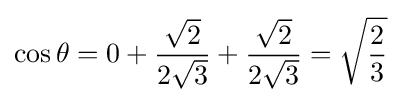
\cos \theta =0+{\frac {\sqrt {2}}{2{\sqrt {3}}}}+{\frac {\sqrt {2}}{2{\sqrt {3}}}}={\sqrt {\frac {2}{3}}}